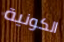
الكونية